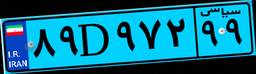
۸۹D۹۷۲۹۹